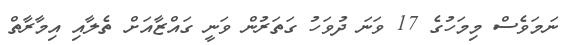
ނަމަވެސް މިމަހުގެ 17 ވަނަ ދުވަހު ގަތަރުން ވަނީ ގައްޒާއަށް ތެލާއި އިމާރާތް